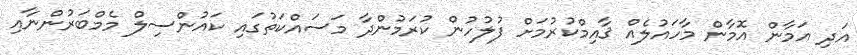
އަދި އަމާން އޮމާން މާހައުލެއް ޤާއިމްކުރުމަށް ފުލުހުން ކުރަމުންދާ މަސައްކަތުގައި ކައުންސިލް މެމްބަރުންނާއި